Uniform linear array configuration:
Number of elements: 8
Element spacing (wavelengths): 0.75
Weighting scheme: uniform
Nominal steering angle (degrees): -15
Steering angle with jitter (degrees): -15.119
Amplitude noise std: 0.05
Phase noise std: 0.05

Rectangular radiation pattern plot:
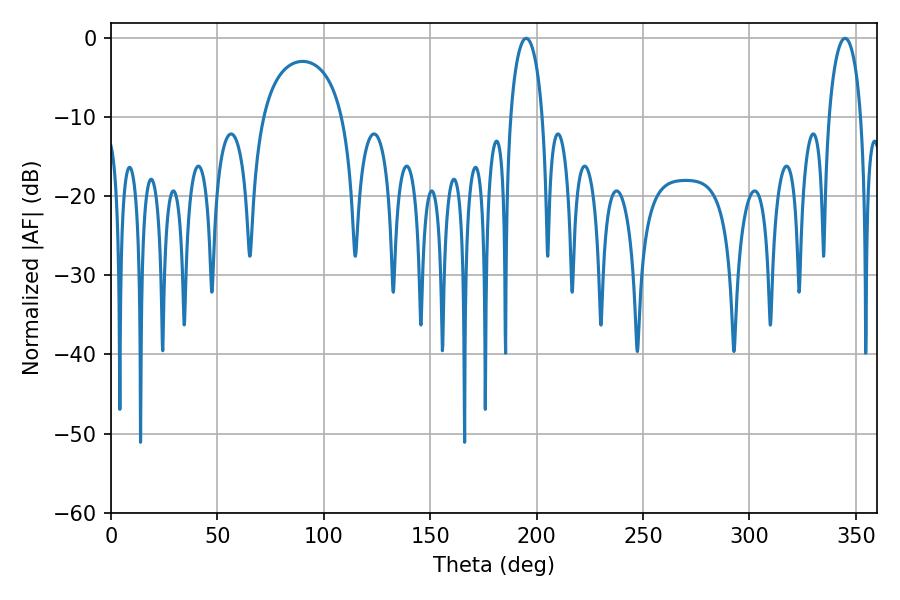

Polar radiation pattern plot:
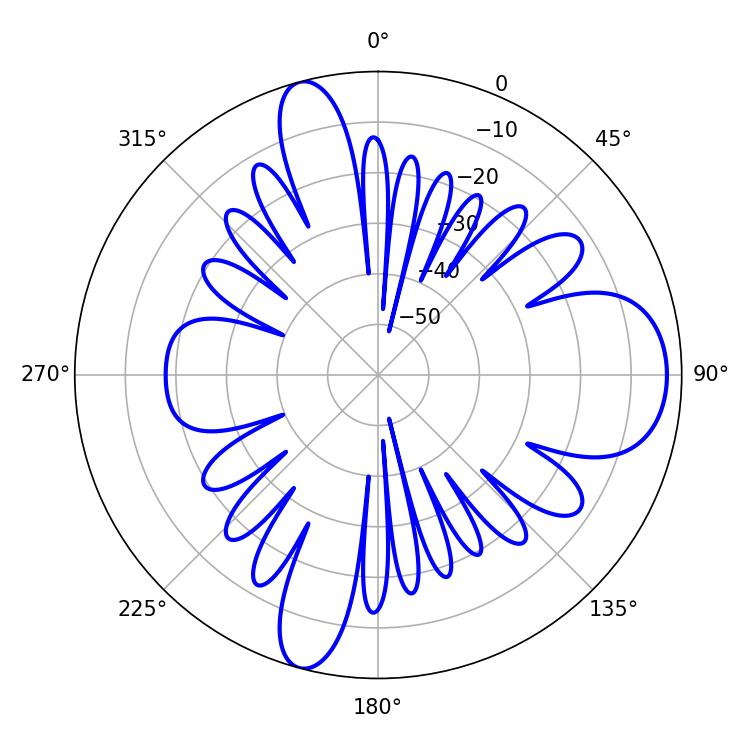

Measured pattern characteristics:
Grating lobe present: TRUE
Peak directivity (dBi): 11.224
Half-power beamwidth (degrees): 8.64
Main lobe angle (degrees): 195.12